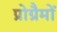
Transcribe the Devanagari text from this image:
प्रोग्रैमों